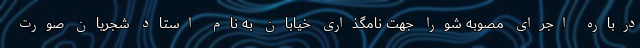
درباره اجرای مصوبه شورا جهت نامگذاری خیابان به نام استاد شجریان صورت